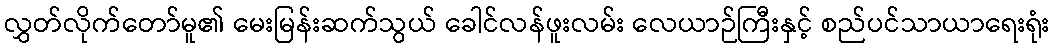
လွှတ်လိုက်တော်မူ၏ မေးမြန်းဆက်သွယ် ခေါင်လန်ဖူးလမ်း လေယာဉ်ကြီးနှင့် စည်ပင်သာယာရေးရုံး